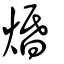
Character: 焝